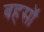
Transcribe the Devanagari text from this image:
बहसॉ